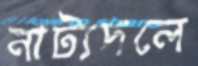
নাট্যদলে